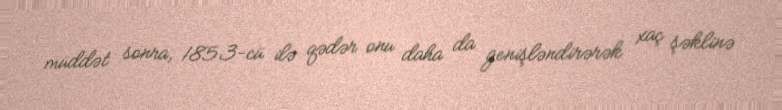
müddət sonra, 1853-cü ilə qədər onu daha da genişləndirərək xaç şəklinə